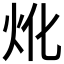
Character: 𤆷